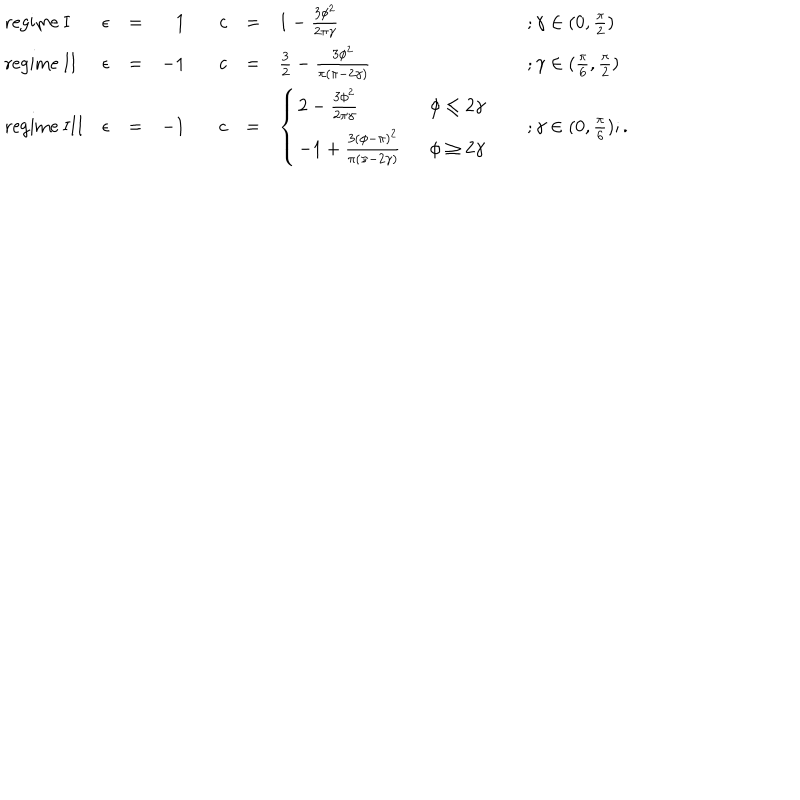
LaTeX: \begin{array} { l l l r l l l l } { { \mathrm { r e g i m e ~ I } } } & { { \epsilon } } & { { = } } & { { 1 } } & { { c } } & { { = } } & { { 1 - \frac { 3 \phi ^ { 2 } } { 2 \pi \gamma } \; } } & { { ; \gamma \in ( 0 , \frac { \pi } { 2 } ) } } \\ { { \mathrm { r e g i m e ~ I I } } } & { { \epsilon } } & { { = } } & { { - 1 } } & { { c } } & { { = } } & { { \frac { 3 } { 2 } - \frac { 3 \phi ^ { 2 } } { \pi ( \pi - 2 \gamma ) } \; } } & { { ; \gamma \in ( \frac { \pi } { 6 } , \frac { \pi } { 2 } ) } } \\ { { \mathrm { r e g i m e ~ I I I } } } & { { \epsilon } } & { { = } } & { { - 1 } } & { { c } } & { { = } } & { { \left\{ \begin{array} { l l } { { 2 - \frac { 3 \phi ^ { 2 } } { 2 \pi \gamma } } } & { { \; \; \phi \leq 2 \gamma } } \\ { { - 1 + \frac { 3 ( \phi - \pi ) ^ { 2 } } { \pi ( \pi - 2 \gamma ) } } } & { { \; \; \phi \geq 2 \gamma } } \\ \end{array} \right. \; } } & { { ; \gamma \in ( 0 , \frac { \pi } { 6 } ) ; . } } \\ \end{array}